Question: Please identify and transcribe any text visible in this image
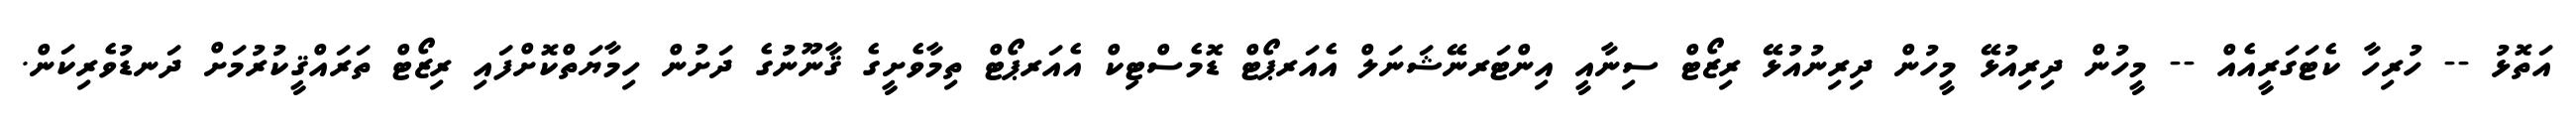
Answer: އަތޮޅު -- ހުރިހާ ކެޓަގަރީއެއް -- މީހުން ދިރިއުޅޭ މީހުން ދިރިނުއުޅޭ ރިޒޯޓް ސިނާއީ އިންޓަރނޭޝަނަލް އެއަރޕޯޓް ޑޮމެސްޓިކް އެއަރޕޯޓް ތިމާވެށީގެ ޤާނޫނުގެ ދަށުން ހިމާޔަތްކޮށްފައި ރިޒޯޓް ތަރައްޤީކުރުމަށް ދަނޑުވެރިކަން.